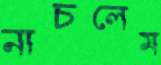
নাচলেম